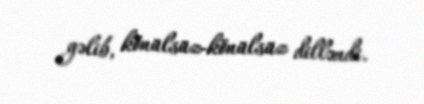
gəlib, könülsüz-könülsüz dilləndi.